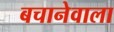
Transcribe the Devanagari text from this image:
बचानेवाला